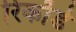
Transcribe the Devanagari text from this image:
रिकाॅर्ड